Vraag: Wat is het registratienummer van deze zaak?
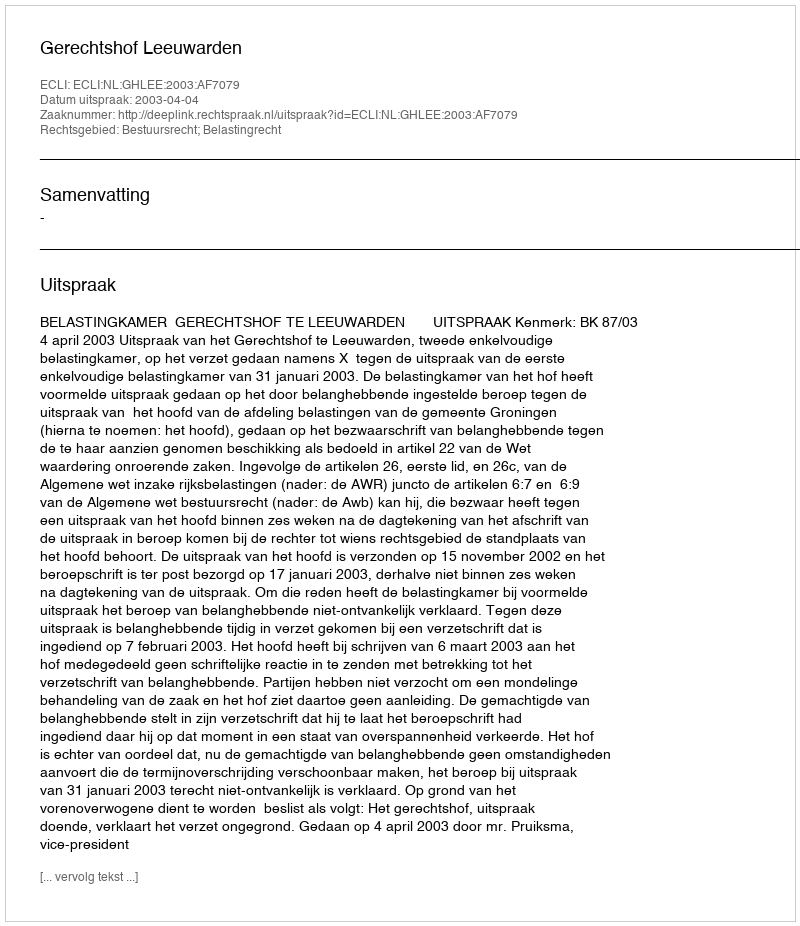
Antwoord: http://deeplink.rechtspraak.nl/uitspraak?id=ECLI:NL:GHLEE:2003:AF7079